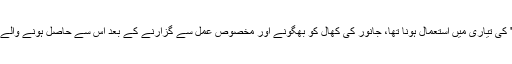
پولیس کا مزید کہنا تھا کہ ان کھالوں کو چین میں 'Ejiao' کی تیاری میں استعمال ہونا تھا، جانور کی کھال کو بھگونے اور مخصوص عمل سے گزارنے کے بعد اس سے حاصل ہونے والے جیلاٹن کو روایتی چینی ادویات میں استعمال کیا جاتا ہے۔